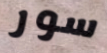
سور